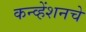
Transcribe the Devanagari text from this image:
कन्व्हेंशनचे